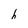
Character: h